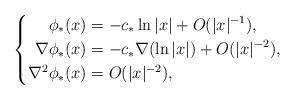
LaTeX: \begin{align*}\left\{\aligned\phi_* (x) & =-c_* \ln |x| + O(|x|^{-1}),\\\nabla \phi_* (x) & = -c_* \nabla (\ln |x|) + O(|x|^{-2}) ,\\\nabla^2 \phi_* (x) & = O(|x|^{-2}),\endaligned\right.\end{align*}